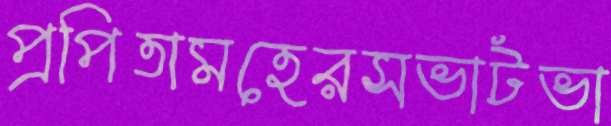
প্রপিতামহেরসভাটভা